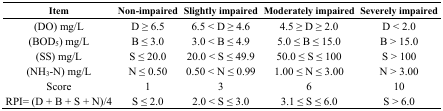
<table><thead><tr><td><b>Item</b></td><td><b>Non-impaired</b></td><td><b>Slightly impaired</b></td><td><b>Moderately impaired</b></td><td><b>Severely impaired</b></td></tr></thead><tbody><tr><td>(DO) mg/L</td><td>D ≥ 6.5</td><td>6.5 &lt; D ≥ 4.6</td><td>4.5 ≥ D ≥ 2.0</td><td>D &lt; 2.0</td></tr><tr><td>(BOD<sub>5</sub>) mg/L</td><td>B ≤ 3.0</td><td>3.0 &lt; B ≤ 4.9</td><td>5.0 ≤ B ≤ 15.0</td><td>B &gt; 15.0</td></tr><tr><td>(SS) mg/L</td><td>S ≤ 20.0</td><td>20.0 &lt; S ≤ 49.9</td><td>50.0 ≤ S ≤ 100</td><td>S &gt; 100</td></tr><tr><td>(NH<sub>3</sub>-N) mg/L</td><td>N ≤ 0.50</td><td>0.50 &lt; N ≤ 0.99</td><td>1.00 ≤ N ≤ 3.00</td><td>N &gt; 3.00</td></tr><tr><td>Score</td><td>1</td><td>3</td><td>6</td><td>10</td></tr><tr><td>RPI= (D + B + S + N)/4</td><td>S ≤ 2.0</td><td>2.0 &lt; S ≤ 3.0</td><td>3.1 ≤ S ≤ 6.0</td><td>S &gt; 6.0</td></tr></tbody></table>